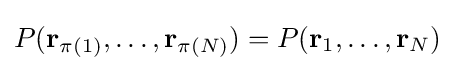
P(\mathbf {r} _{\pi (1)},\dots ,\mathbf {r} _{\pi (N)})=P(\mathbf {r} _{1},\dots ,\mathbf {r} _{N})